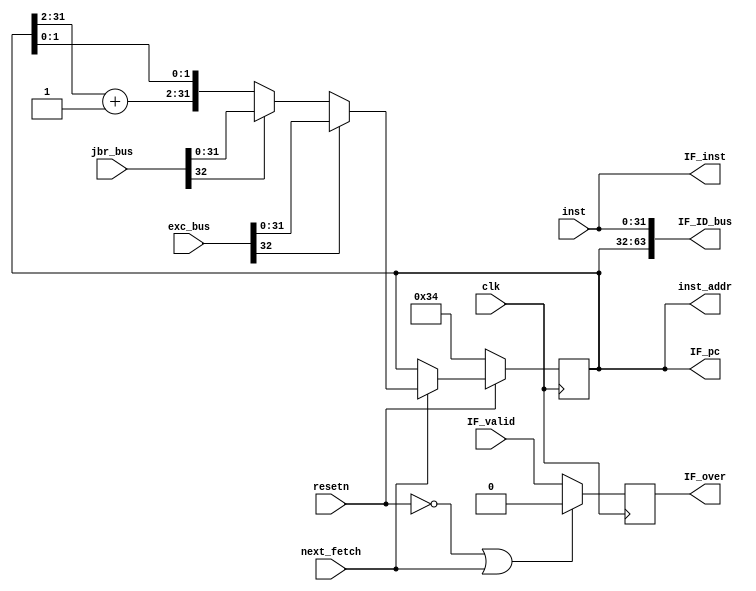
`timescale 1ns / 1ps
//*************************************************************************
//   > : fetch.v
//   >   :CPU
//*************************************************************************
`define STARTADDR 32'H00000034   // 34H
module fetch(                    // 
    input             clk,       // 
    input             resetn,    // 
    input             IF_valid,  // 
    input             next_fetch,// PC
    input      [31:0] inst,      // inst_rom
    input      [32:0] jbr_bus,   // 
    output     [31:0] inst_addr, // inst_rom
    output reg        IF_over,   // IF
    output     [63:0] IF_ID_bus, // IF->ID
    
    //5
    input      [32:0] exc_bus,   // Exception pc
        
    //PC
    output     [31:0] IF_pc,
    output     [31:0] IF_inst
);

//-----{PC}begin
    wire [31:0] next_pc;
    wire [31:0] seq_pc;
    reg  [31:0] pc;
    
    //pc
    wire        jbr_taken;
    wire [31:0] jbr_target;
    assign {jbr_taken, jbr_target} = jbr_bus;  // 
    
    //Exception PC
    wire        exc_valid;
    wire [31:0] exc_pc;
    assign {exc_valid,exc_pc} = exc_bus;
    
    //pc+4
    assign seq_pc[31:2]    = pc[31:2] + 1'b1;  // PC=PC+4
    assign seq_pc[1:0]     = pc[1:0];

    // Exception,PCExceptio
    //         PCpc+4
    assign next_pc = exc_valid ? exc_pc : 
                     jbr_taken ? jbr_target : seq_pc;
    always @(posedge clk)    // PC
    begin
        if (!resetn)
        begin
            pc <= `STARTADDR; // 
        end
        else if (next_fetch)
        begin
            pc <= next_pc;    // 
        end
    end
//-----{PC}end

//-----{inst_rom}begin
    assign inst_addr = pc;
//-----{inst_rom}end

//-----{IF}begin
    //rom,
    //
    //
    //
    //PCIF_over0
    //IF_validIF_over
    always @(posedge clk)
    begin
        if (!resetn || next_fetch)
        begin
            IF_over <= 1'b0;
        end
        else
        begin
            IF_over <= IF_valid;
        end
    end
    //romIF_validIF_over
    //
//-----{IF}end

//-----{IF->ID}begin
    assign IF_ID_bus = {pc, inst};  // PC
//-----{IF->ID}end

//-----{IFPC}begin
    assign IF_pc   = pc;
    assign IF_inst = inst;
//-----{IFPC}end
endmodule